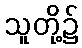
သူတို့၌